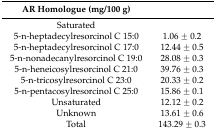
<table><thead><tr><td><b>AR Homologue (mg/100 g)</b></td><td></td></tr></thead><tbody><tr><td>Saturated</td><td></td></tr><tr><td>5-n-heptadecylresorcinol C 15:0</td><td>1.06 ± 0.2</td></tr><tr><td>5-n-heptadecylresorcinol C 17:0</td><td>12.44 ± 0.5</td></tr><tr><td>5-n-nonadecanylresorcinol C 19:0</td><td>28.08 ± 0.3</td></tr><tr><td>5-n-heneicosylresorcinol C 21:0</td><td>39.76 ± 0.3</td></tr><tr><td>5-n-tricosylresorcinol C 23:0</td><td>20.33 ± 0.2 </td></tr><tr><td>5-n-pentacosylresorcinol C 25:0</td><td>15.86 ± 0.1</td></tr><tr><td>Unsaturated</td><td>12.12 ± 0.2</td></tr><tr><td>Unknown</td><td>13.61 ± 0.6</td></tr><tr><td>Total</td><td>143.29 ± 0.3</td></tr></tbody></table>